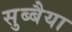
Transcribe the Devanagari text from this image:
सुब्बैया